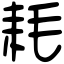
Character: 耗